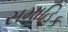
સમાહિક